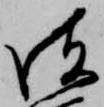
彼